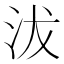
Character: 沷